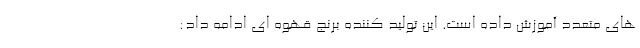
های متعدد آموزش داده است. این تولید کننده برنج قهوه ای ادامه داد: